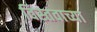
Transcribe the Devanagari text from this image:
विस्तवाच्या